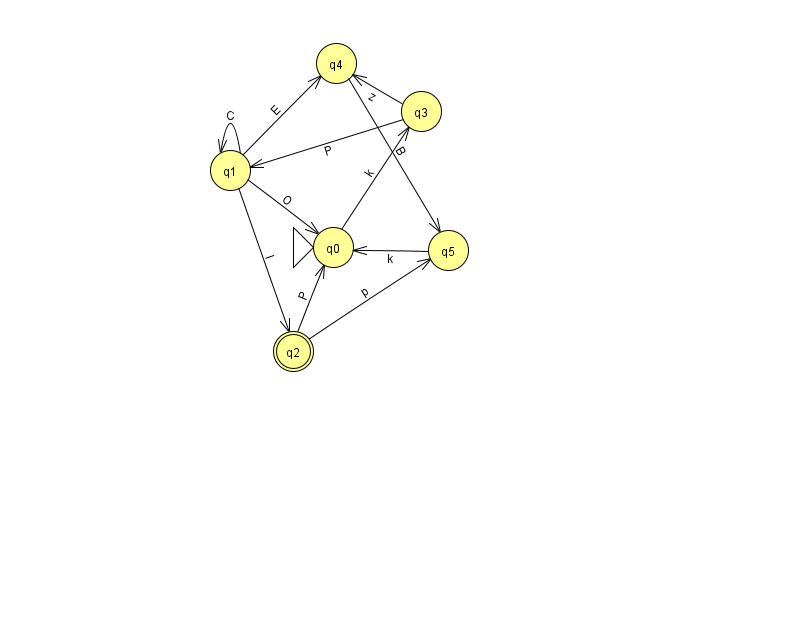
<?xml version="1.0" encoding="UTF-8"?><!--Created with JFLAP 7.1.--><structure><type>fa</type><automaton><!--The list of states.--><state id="0" name="q0"><x>333.0</x><y>234.0</y><initial/></state><state id="1" name="q1"><x>230.0</x><y>157.0</y></state><state id="2" name="q2"><x>293.0</x><y>338.0</y><final/></state><state id="3" name="q3"><x>421.0</x><y>98.0</y></state><state id="4" name="q4"><x>336.0</x><y>50.0</y></state><state id="5" name="q5"><x>448.0</x><y>237.0</y></state><!--The list of transitions.--><transition><from>0</from><to>3</to><read>k</read></transition><transition><from>1</from><to>1</to><read>C</read></transition><transition><from>2</from><to>5</to><read>p</read></transition><transition><from>5</from><to>0</to><read>k</read></transition><transition><from>1</from><to>2</to><read>I</read></transition><transition><from>4</from><to>5</to><read>B</read></transition><transition><from>1</from><to>0</to><read>O</read></transition><transition><from>3</from><to>4</to><read>z</read></transition><transition><from>1</from><to>4</to><read>E</read></transition><transition><from>2</from><to>0</to><read>P</read></transition><transition><from>3</from><to>1</to><read>P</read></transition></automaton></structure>